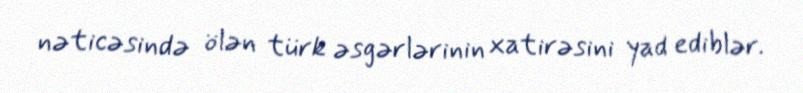
nəticəsində ölən türk əsgərlərinin xatirəsini yad ediblər.